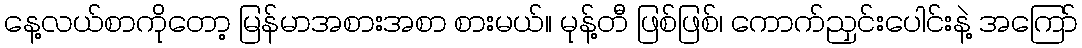
နေ့လယ်စာကိုတော့ မြန်မာအစားအစာ စားမယ်။ မုန့်တီ ဖြစ်ဖြစ်၊ ကောက်ညှင်းပေါင်းနဲ့ အကြော်